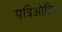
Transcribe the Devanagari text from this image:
पत्रिओटिक